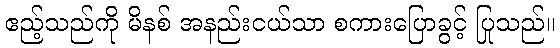
ဧည့်သည်ကို မိနစ် အနည်းငယ်သာ စကားပြောခွင့် ပြုသည်။